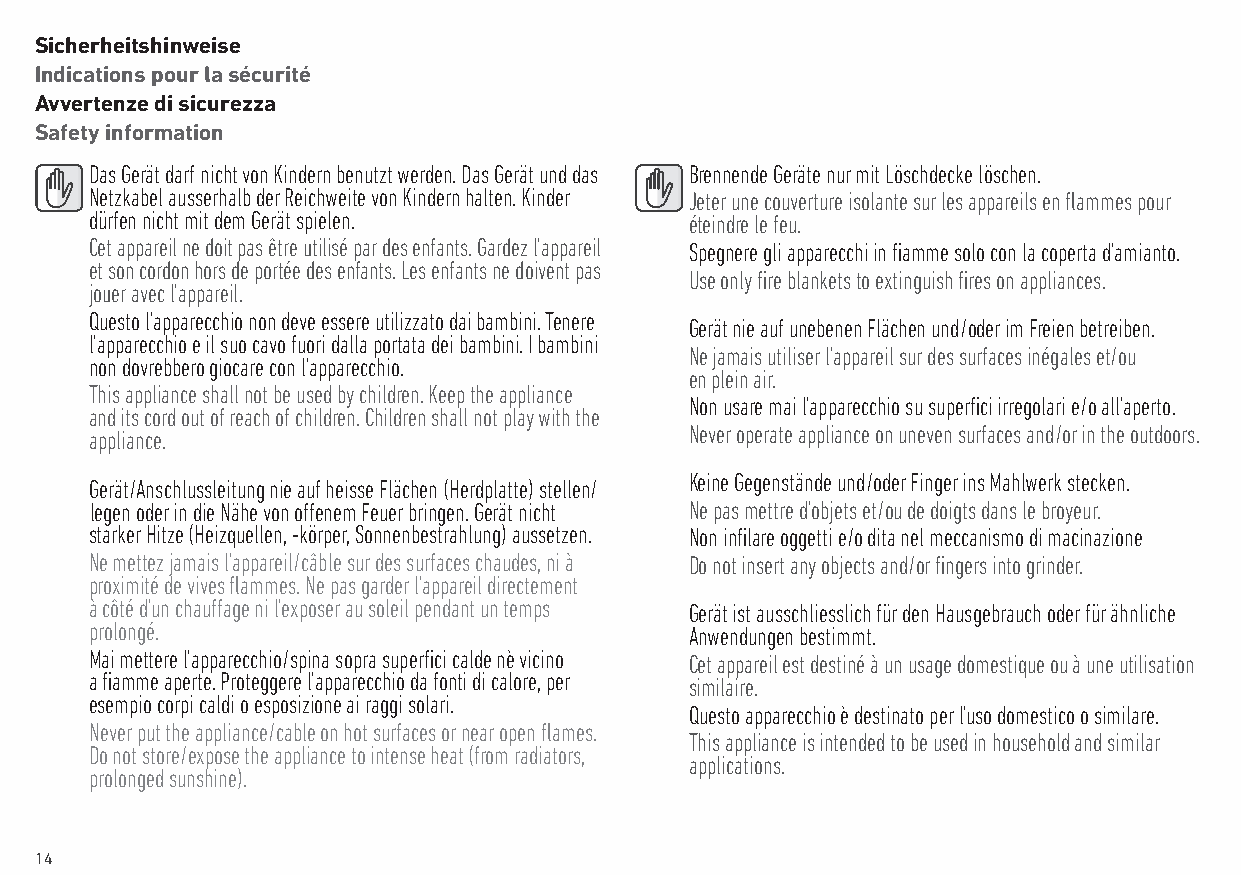
Sicherheitshinweise
 Indications pour la sécurité
 Avvertenze di sicurezza
 Safety information
 Das Gerät darf nicht von Kindern benutzt werden. Das Gerät und das Brennende Geräte nur mit Löschdecke löschen.
 Netzkabel ausserhalb der Reichweite von Kindern halten. Kinder Jeter une couverture isolante sur les appareils en flammes pour
 dürfen nicht mit dem Gerät spielen.     éteindre le feu.
 Cet appareil ne doit pas être utilisé par des enfants. Gardez l’appareil Spegnere gli apparecchi in fiamme solo con la coperta d’amianto.
 et son cordon hors de portée des enfants. Les enfants ne doivent pas
 Use only fire blankets to extinguish fires on appliances.
 jouer avec l’appareil.
 Questo l’apparecchio non deve essere utilizzato dai bambini. Tenere
 Gerät nie auf unebenen Flächen und / oder im Freien betreiben.
 l’apparecchio e il suo cavo fuori dalla portata dei bambini. I bambini
 Ne jamais utiliser l’appareil sur des surfaces inégales et / ou
 non dovrebbero giocare con l’apparecchio.
 en plein air.
 This appliance shall not be used by children. Keep the appliance
 Non usare mai l’apparecchio su superfici irregolari e / o all’aperto.
 and its cord out of reach of children. Children shall not play with the
 Never operate appliance on uneven surfaces and / or in the outdoors.
 appliance.
 Keine Gegenstände und / oder Finger ins Mahlwerk stecken.
 Gerät / Anschlussleitung nie auf heisse Flächen (Herdplatte) stellen /
 legen oder in die Nähe von offenem Feuer bringen. Gerät nicht Ne pas mettre d’objets et / ou de doigts dans le broyeur.
 starker Hitze (Heizquellen, -körper, Sonnenbestrahlung) aussetzen. Non infilare oggetti e / o dita nel meccanismo di macinazione
 Ne mettez jamais l’appareil / câble sur des surfaces chaudes, ni à Do not insert any objects and / or fingers into grinder.
 proximité de vives flammes. Ne pas garder l’appareil directement
 à côté d’un chauffage ni l’exposer au soleil pendant un temps Gerät ist ausschliesslich für den Hausgebrauch oder für ähnliche
 prolongé.                               Anwendungen bestimmt.
 Mai mettere l’apparecchio / spina sopra superfici calde nè vicino Cet appareil est destiné à un usage domestique ou à une utilisation
 a fiamme aperte. Proteggere l’apparecchio da fonti di calore, per similaire.
 esempio corpi caldi o esposizione ai raggi solari.
 Questo apparecchio è destinato per l’uso domestico o similare.
 Never put the appliance / cable on hot surfaces or near open flames.
 This appliance is intended to be used in household and similar
 Do not store / expose the appliance to intense heat (from radiators,
 applications.
 prolonged sunshine).
 14